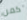
كمن